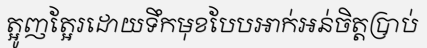
ត្អូញត្អែរដោយទឹកមុខបែបអាក់អន់ចិត្តប្រាប់